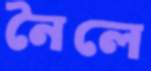
নৈলে